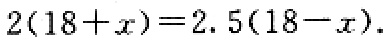
\(2(18 + x)=2.5(18 - x)\)